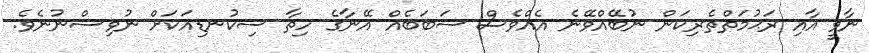
ނާވީ އާއި ރަޙުމަތްތެރިކަން ނުބޭއްވޭނެ އެއްވެސް ސަބަބެއް އޭނާގެ ހިތާ ސިކުނޑިއަކަށް ނުވިސްނުނެވެ.